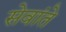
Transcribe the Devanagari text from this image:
सेवांते